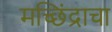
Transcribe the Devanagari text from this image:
मच्छिंद्राचा